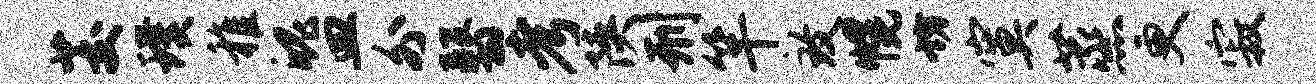
茭璞稚魄皿外翳考陕刑竿致幌坊寞蒸更寂